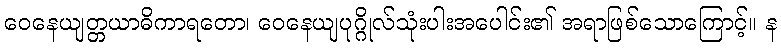
ဝေနေယျတ္တယာဓိကာရတော၊ ဝေနေယျပုဂ္ဂိုလ်သုံးပါးအပေါင်း၏ အရာဖြစ်သောကြောင့်။ န